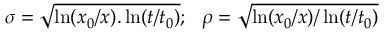
\sigma = \sqrt { \ln ( x _ { 0 } / x ) . \ln ( t / t _ { 0 } ) } ; \ \ \rho = \sqrt { \ln ( x _ { 0 } / x ) / \ln ( t / t _ { 0 } ) }